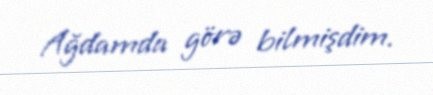
Ağdamda görə bilmişdim.